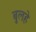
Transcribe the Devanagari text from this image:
बुलहे